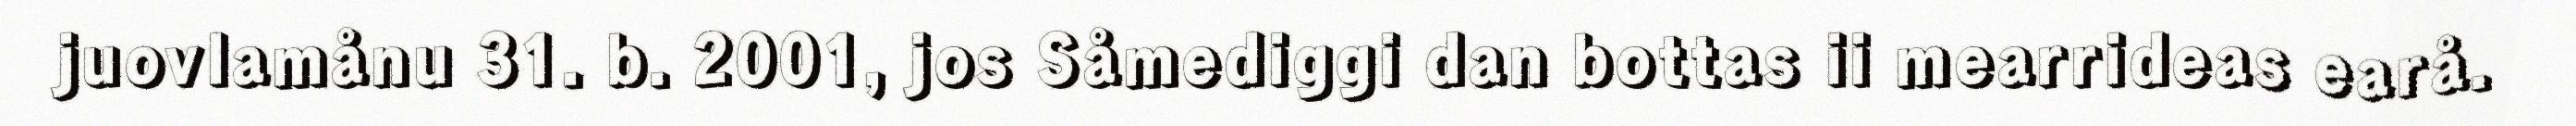
juovlamånu 31. b. 2001, jos Såmediggi dan bottas ii mearrideas earå.